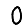
Digit: 0